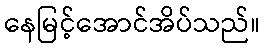
နေမြင့်အောင်အိပ်သည်။